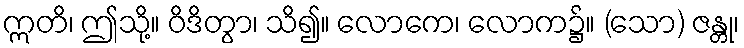
ဣတိ၊ ဤသို့။ ဝိဒိတွာ၊ သိ၍။ လောကေ၊ လောက၌။ (သော) ဇန္တု၊